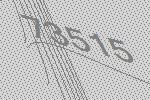
73515